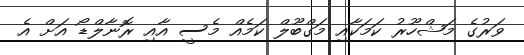
ވަރުގެ މަޝްހޫރު ކަމަކާއި މަގްބޫލް ކަމެއް މެސީ އާއި ރޮނާލްޑޯ އަށް އެ